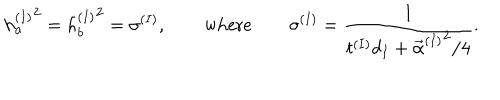
LaTeX: \left. h _ { a } ^ { ( I ) } \right. ^ { 2 } = \left. h _ { b } ^ { ( I ) } \right. ^ { 2 } = \sigma ^ { ( I ) } , \qquad \mathrm { w h e r e } \qquad \sigma ^ { ( I ) } = \frac { 1 } { t ^ { ( I ) } d _ { I } + \left. \vec { \alpha } ^ { ( I ) } \right. ^ { 2 } / 4 } .